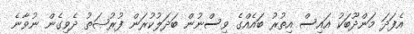
އެފަދަ މަންދޫބަކު އައިސް އިތުރު ބައެއްގެ ވިސްނުން ބަދަލުކުރަން ފުރުޞަތު ދެވިގެން ނުވާނެ